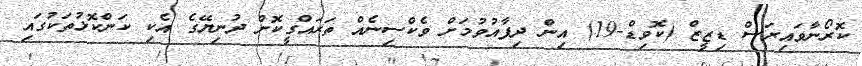
ކޮރޯނާވައިރަސް ޑިޒީޒް (ކޮވިޑް-19) އިން ދިފާއުވުމަށް ވެކްސިނެއް ތަރައްގީކޮށް ދުނިޔޭގެ އެކި ކަންކޮޅުތަކުގައި